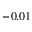
- 0 . 0 1